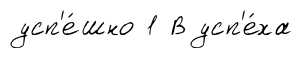
усп'е́шно 1 В усп'е́ха